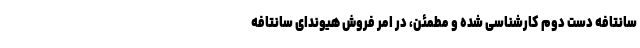
سانتافه دست دوم کارشناسی شده و مطمئن، در امر فروش هیوندای سانتافه